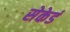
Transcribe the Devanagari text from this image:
सेकेडं